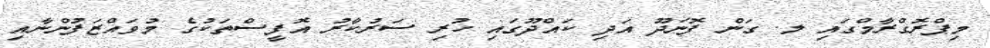
މިޕްރޮގްރާމްގައި ލ. ގަން ފޮނަދޫ އަދި ކައްދޫގައި ހުރި ސަރުކާރު އޮފީސްތަކުގެ މުވައްޒަފުންނާއި